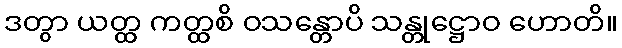
ဒတွာ ယတ္ထ ကတ္ထစိ ဝသန္တောပိ သန္တုဋ္ဌောဝ ဟောတိ။